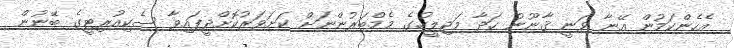
އެހެންކަމުން އޭނާ ވަނީ ޤާނޫނު ހަދާ މަޖިލީހުގެ މެމްބަރުންނަށް ކަށަވަރުކޮށްދީފައިވާ ސެކިއުރިޓީގެ ބޭނުން